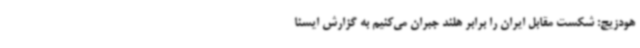
هودزیچ: شکست مقابل ایران را برابر هلند جبران می‌کنیم به گزارش ایسنا